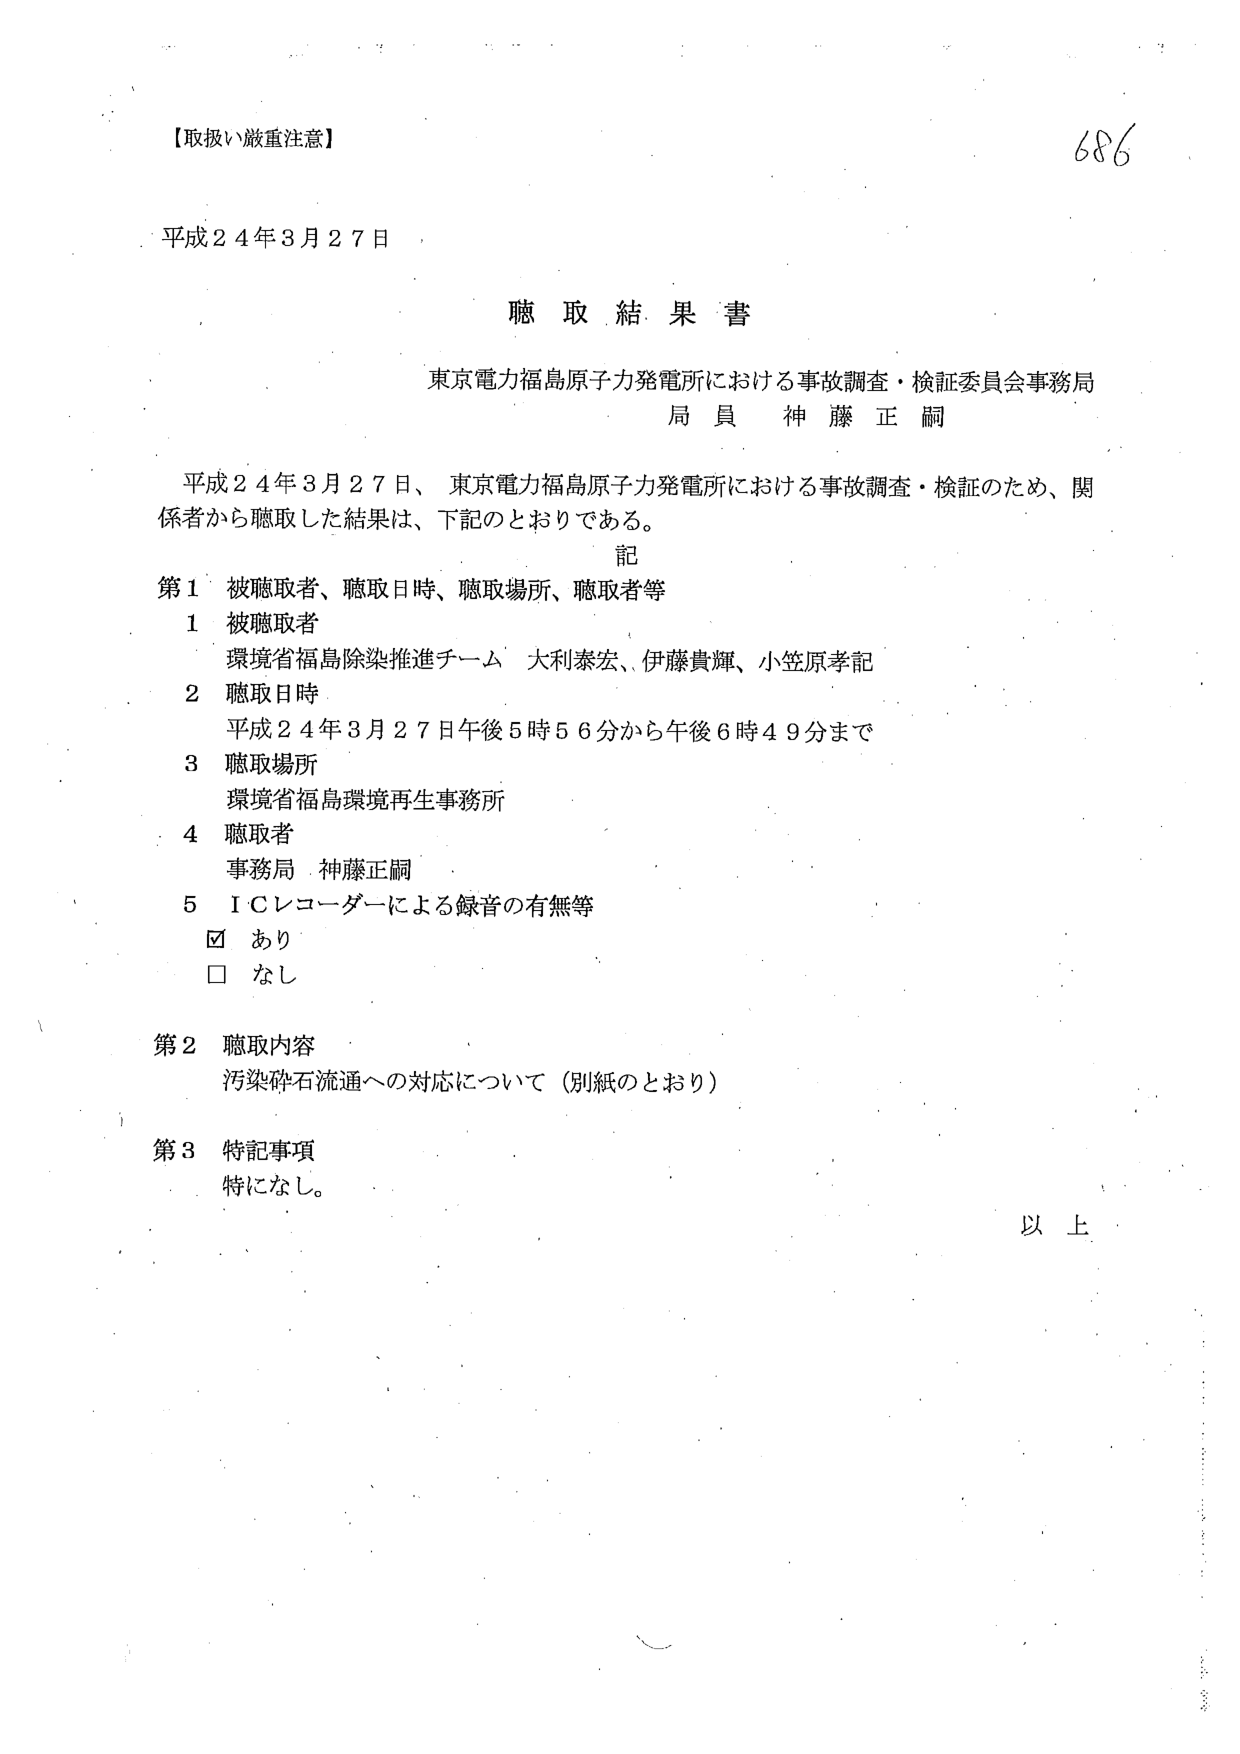
【取扱い厳重注意】
686

平成24年3月27日

聴取結果書

東京電力福島原子力発電所における事故調査・検証委員会事務局
局員 神藤正嗣

平成24年3月27日、東京電力福島原子力発電所における事故調査・検証のため、関係者から聴取した結果は、下記のとおりである。

記

第1 被聴取者、聴取日時、聴取場所、聴取者等
1 被聴取者
環境省福島除染推進チーム 大利泰宏、伊藤貴輝、小笠原孝記
2 聴取日時
平成24年3月27日午後5時56分から午後6時49分まで
3 聴取場所
環境省福島環境再生事務所
4 聴取者
事務局 神藤正嗣
5 ＩＣレコーダーによる録音の有無等
☑ あり
□ なし

第2 聴取内容
汚染砕石流通への対応について（別紙のとおり）

第3 特記事項
特になし。

以上